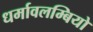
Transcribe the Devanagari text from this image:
धर्मावलम्बियो